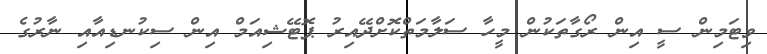
ވިޓަމިން ސީ އިން ރޯގާތަކުން މީހާ ސަލާމަތްކޮށްދޭއިރު ޕޮޓޭޝިއަމް އިން ސިކުނޑިއާއި ނާރުގެ